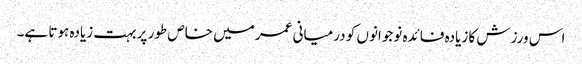
اس ورزش کا زیادہ فائدہ نوجوانوں کو درمیانی عمر میں خاص طور پر بہت زیادہ ہوتا ہے۔